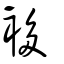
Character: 袳